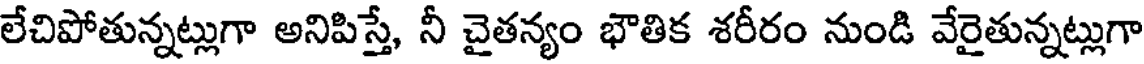
లేచిపోతున్నట్లుగా అనిపిస్తే, నీ చైతన్యం భౌతిక శరీరం నుండి వేరైతున్నట్లుగా